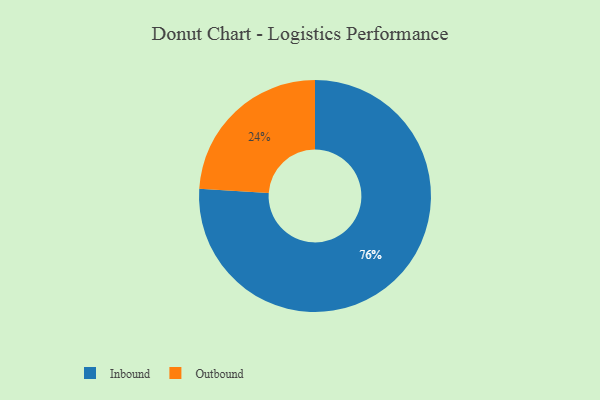
{"axis": {"x": "Category", "y": "Percentage"}, "legend": ["Inbound", "Outbound"], "data": [{"x": "Outbound", "y": 24, "type": "Outbound"}, {"x": "Inbound", "y": 76, "type": "Inbound"}]}